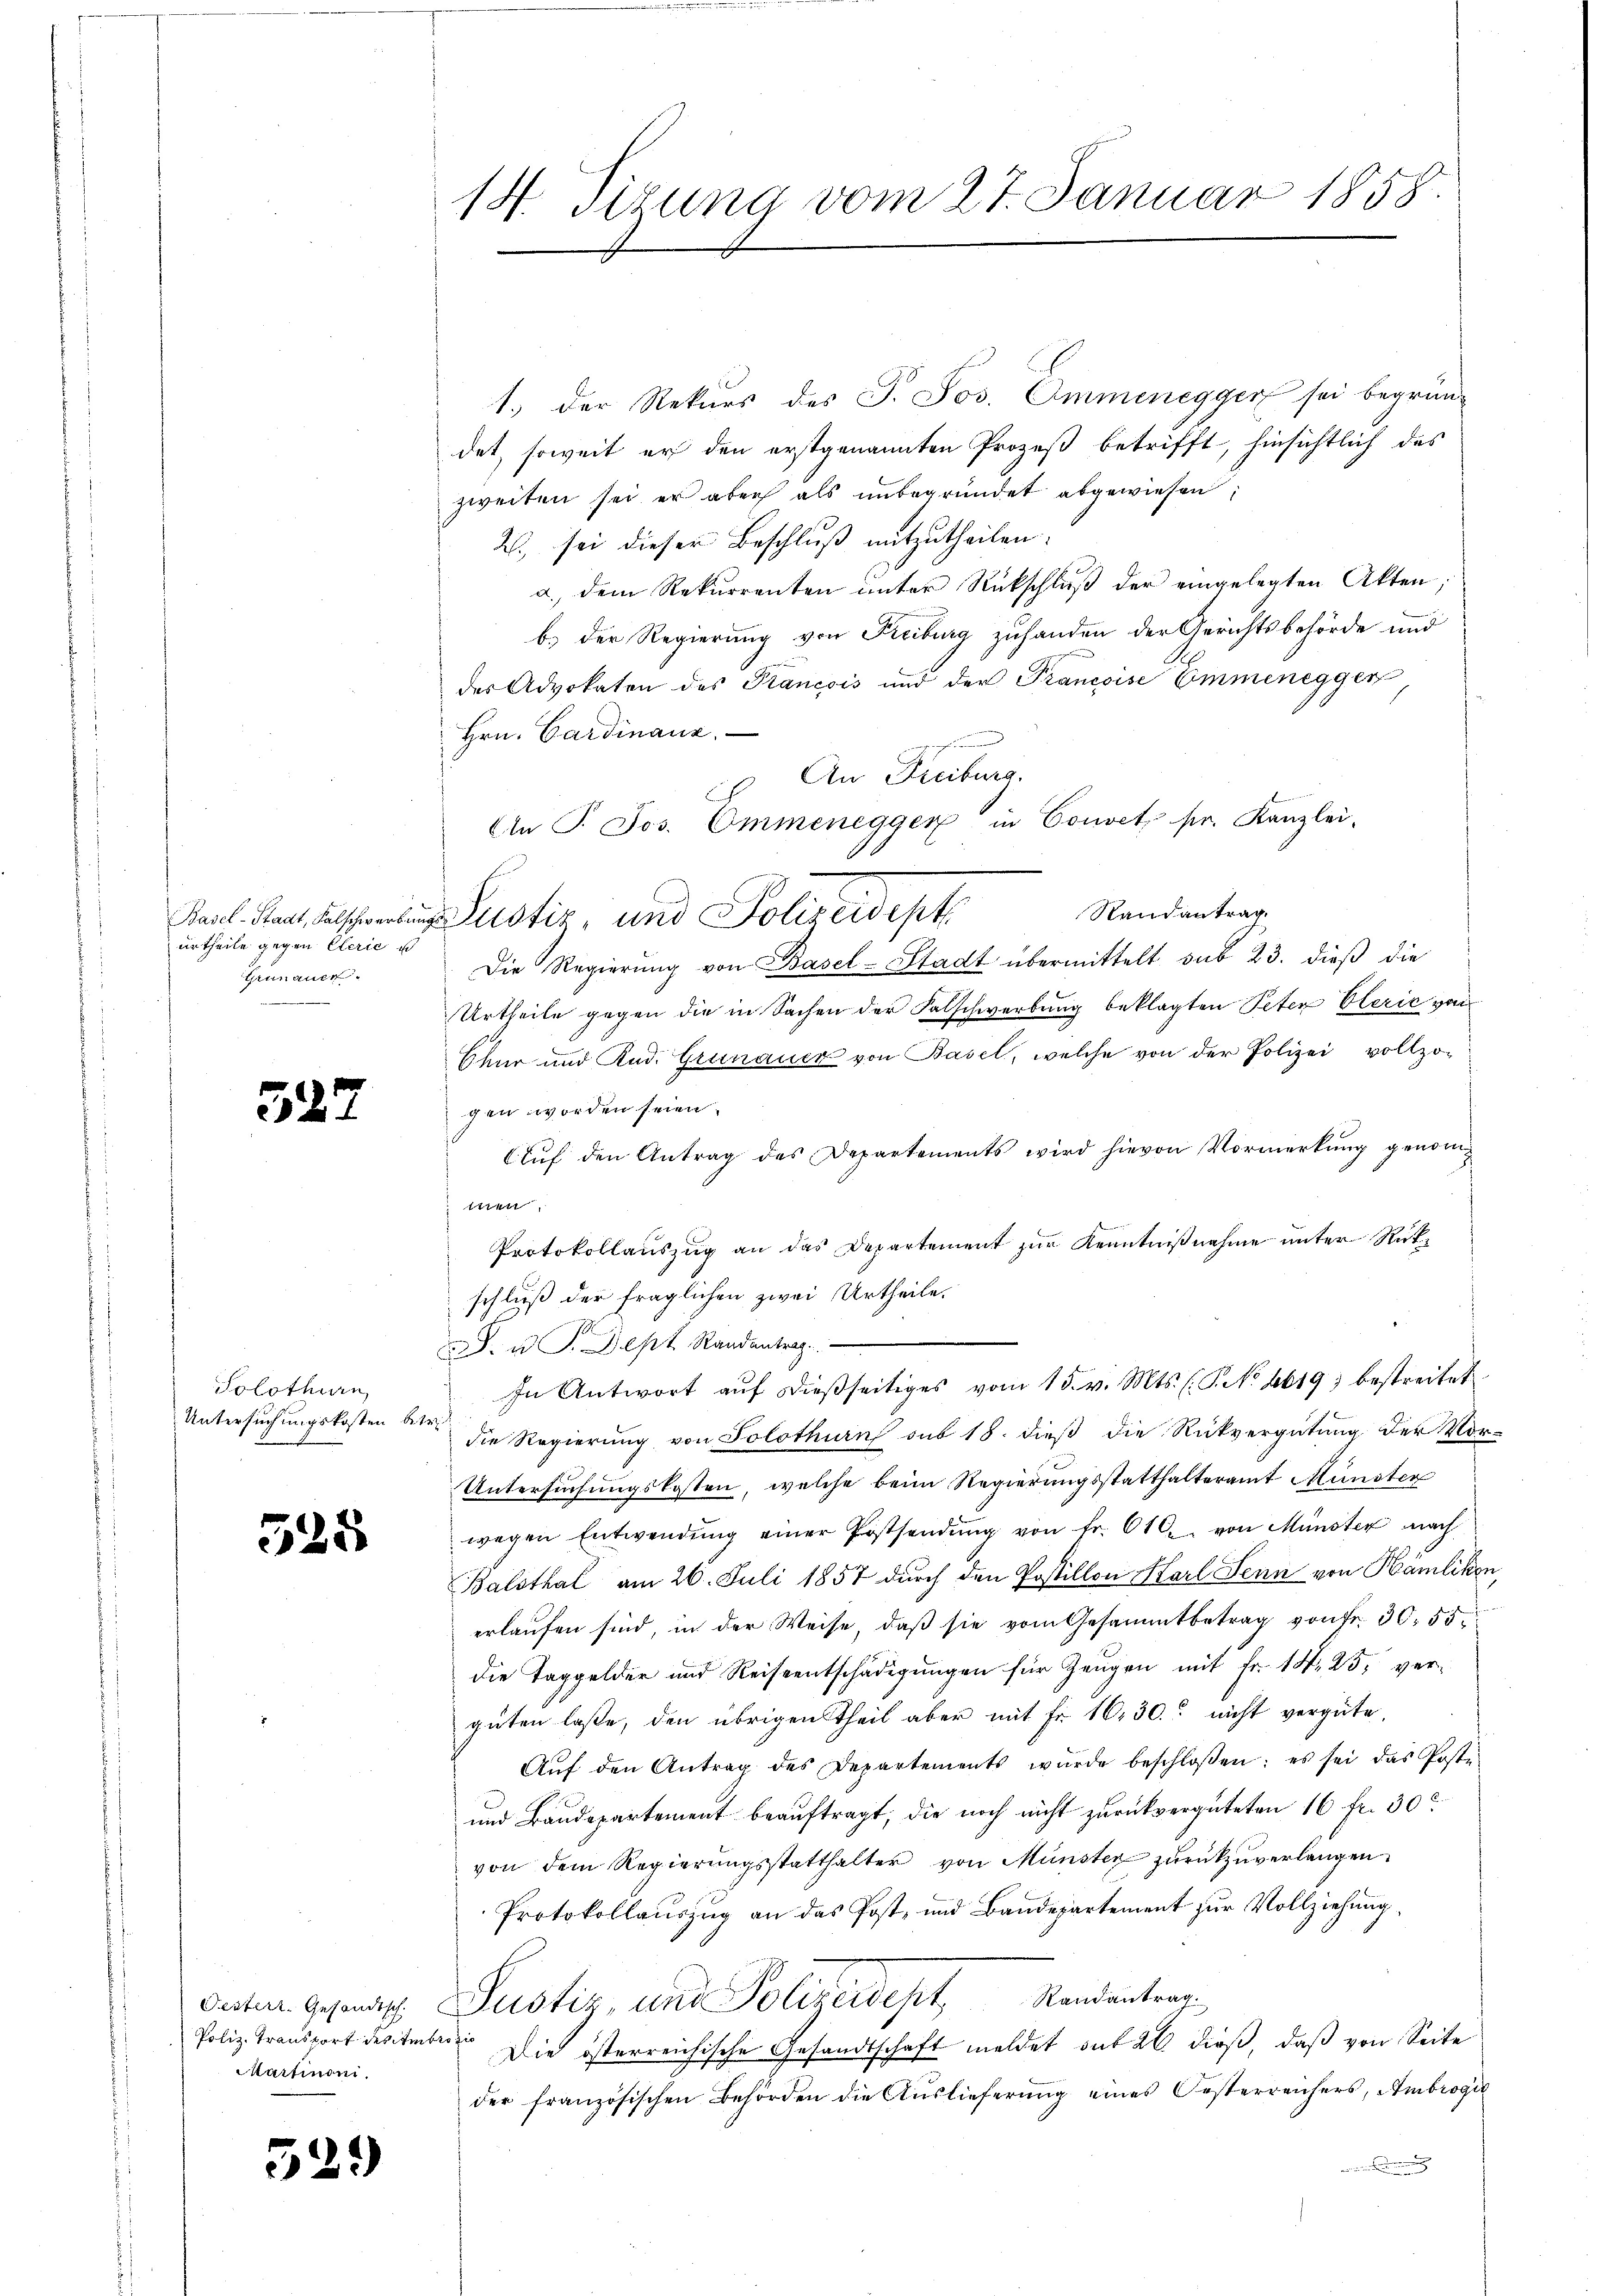
527

Basel-Stadt, Falschwerbung
urtheile gegen Clerie u
Grünauen.

Solothurn,
Untersuchungskosten bet
e

525

Poliz-Transport des Ambrozio
Martinoni.

529)

14. Titung vom 27. Januar 1858.

1.) Der Rekurs des P. Jos. Ommenegger sei begründet, soweit er den erstgenannten Prozeß betrifft, hinsichtlich des
zweiten sei er aber als unbegründet abgewiesen;
2., sei dieser Beschluß mitzutheilen:
a. dem Rekurrenten ŭnter Rückschlŭβ der eingelegten Akten;
b.) Der Regierung von Freiburg zuhanden der Gerichtsbehörde und
des Advokaten des Prancois und der Prancoise Emmenegger
Hrn. Cardinanz
ensirend
c. An Freiburg.
An P. Jos. Ommenegger in Convet pr. Kanzlei-
Randantrag
ustiz, und Polizeidest
Die Regierŭng von Basel-Stadt übermittelt sub 23. dieβ die
Urtheile gegen die in Sachen der Falschwerbung beklagten Peten Clerić von
Chur und Rud. Grünauer von Basel, welche von der Polizei vollzo-
gen worden seien.
Aŭf den Antrag des Departements wird hievon Vormerkŭng genommen
Protokollauszug an das Departement zur Kenntnißnahme unter Rückschluß der fraglichen zwei Urtheile.
e
J.u.P.Dept Randantrag
In Antwort aŭf dießseitiges vom 15. v. Mts. (T. No 6619) bestreitet
 7
die Regierung von Solothurn sub 18. dieß die Rückvergütung der Vor-
Untersuchungskosten, welche beim Regierungsstatthalteramt Münster
wegen Entwendŭng einer Postsendŭng von fr. 610. von Münster nach
Balsthal am 26. Juli 1857 durch den Postillon Karl Senn von Hamlikon,
erlaufen sind, in der Weise, daß sie vom Gesammtbetrag von Fr. 30. 55
die Taggelder und Reiseentschädigŭngen für Zeŭgen mit fr. 14. 25. verguten lasse, den übrigen Theil aber mit Fr. 16, 30. nicht vergüte.
Aŭf den Antrag des Departements wurde beschloßen: es sei das Poste
und Baudepartement beauftragt, die noch nicht zurückvergüteten 16. fr. 30
von dem Regierŭngsstatthalter von Münster zŭrückzŭverlangen.
Protokollauszug an das Post- und Bandepartement zur Vollziehung,
daten Gesandt Justiz, und Polizeidept Randantrag
Die österreichische Gesandtschaft meldet auf 20 dieß, daß von Seite
der französischen Behörden die Auslieferung eines Oesterreichers, Ambrogi
erinne